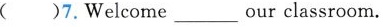
( )7. Welcome ___ our classroom.